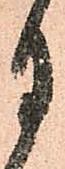
月